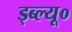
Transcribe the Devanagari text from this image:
ड्ब्ल्यू०